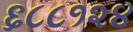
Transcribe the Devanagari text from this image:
६८८१२४